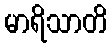
မာရိသာတိ